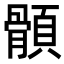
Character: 顝